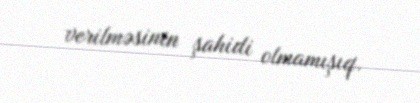
verilməsinin şahidi olmamışıq.